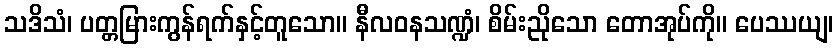
သဒိသံ၊ ပတ္တမြားကွန်ရက်နှင့်တူသော။ နီလဝနသဏ္ဍံ၊ စိမ်းညိုသော တောအုပ်ကို။ ပေဿယျ၊